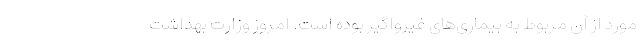
مورد از آن مربوط به بیماری‌‌های غیرواگیر بوده است. امروز وزارت بهداشت